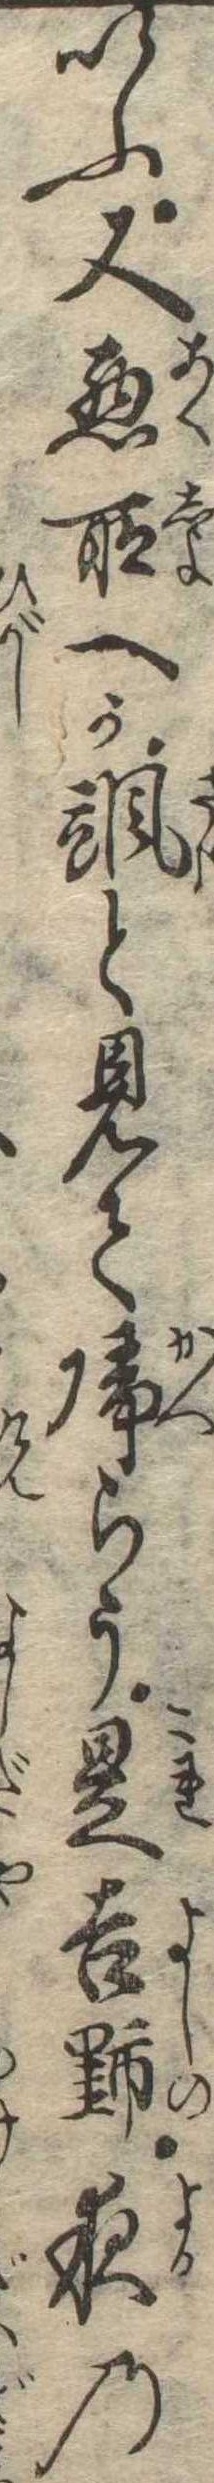
いふ又悪所へか颯と見て帰らう是吉野夜の